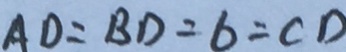
A D = B D = 6 = C D